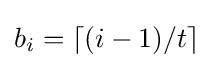
b_{i}=\lceil (i-1)/t\rceil